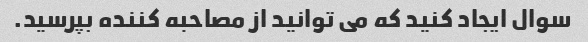
سوال ایجاد کنید که می توانید از مصاحبه کننده بپرسید.